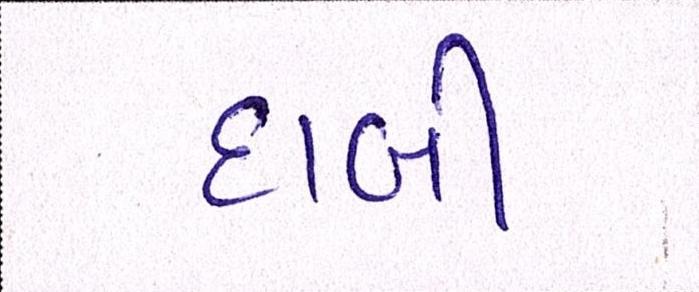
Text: દાબી